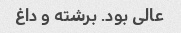
عالی بود. برشته و داغ